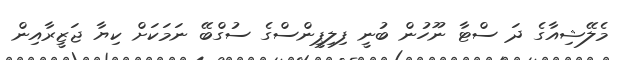
މެލޭޝިއާގެ ދަ ސްޓާ ނޫހުން ބުނީ ފިލިޕީންސްގެ ސުގްބޭ ނަމަކަށް ކިޔާ ޖަޒީރާއިން